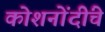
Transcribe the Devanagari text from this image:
कोशनोंदींचे